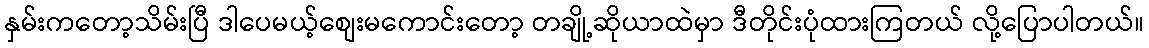
နှမ်းကတော့သိမ်းပြီ ဒါပေမယ့်စျေးမကောင်းတော့ တချို့ဆိုယာထဲမှာ ဒီတိုင်းပုံထားကြတယ် လို့ပြောပါတယ်။